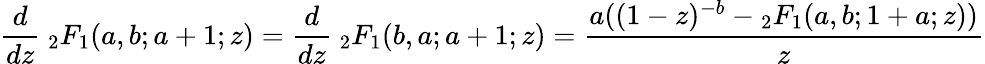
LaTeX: {\frac{d}{dz}}\ {}_{2}F_{1}(a,b;a+1;z)={\frac{d}{dz}}\ {}_{2}F_{1}(b,a;a+1;z)={\frac{a((1-z)^{-b}-{}_{2}F_{1}(a,b;1+a;z))}{z}}